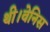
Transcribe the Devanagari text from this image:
थी।वेनिस